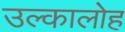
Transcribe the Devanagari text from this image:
उल्कालोह